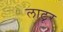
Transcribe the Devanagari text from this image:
लाटूर